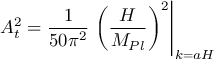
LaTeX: A _ { \sc t } ^ { 2 } = { \frac { 1 } { 5 0 \pi ^ { 2 } } } \left. \left( { \frac { H } { M _ { P l } } } \right) ^ { 2 } \right| _ { k = a H } \,